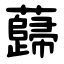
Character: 蘬